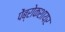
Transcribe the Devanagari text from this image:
पेंब्रोकशायर